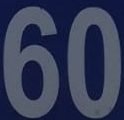
60